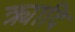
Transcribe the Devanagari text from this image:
क्र्यादि